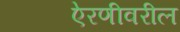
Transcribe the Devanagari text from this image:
ऐरणीवरील